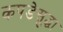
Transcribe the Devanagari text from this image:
कपडेसुद्धा